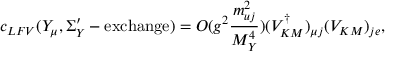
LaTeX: c _ { L F V } ( Y _ { \mu } , \Sigma _ { Y } ^ { \prime } - \mathrm { e x c h a n g e } ) = O ( g ^ { 2 } \frac { m _ { u j } ^ { 2 } } { M _ { Y } ^ { 4 } } ) ( V _ { K M } ^ { \dag } ) _ { \mu j } ( V _ { K M } ) _ { j e } ,